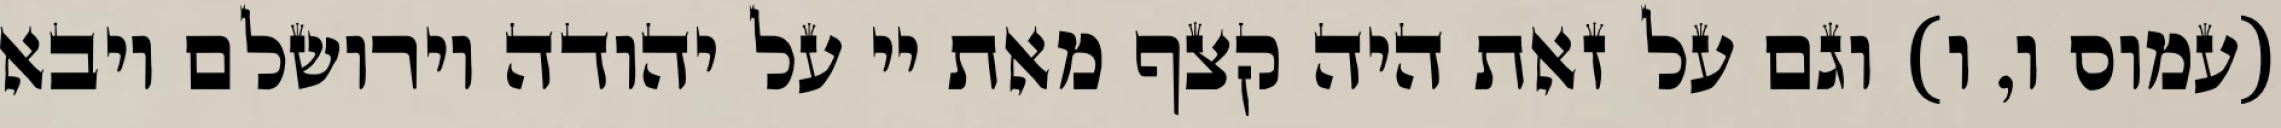
(עמוס ו, ו) וגם על זאת היה קצף מאת יי על יהודה וירושלם ויבא